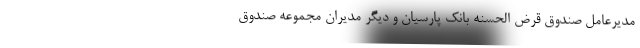
مدیرعامل صندوق قرض الحسنه بانک پارسیان و دیگر مدیران مجموعه صندوق